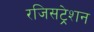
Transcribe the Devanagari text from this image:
रजिसट्रेशन